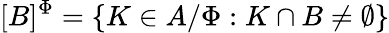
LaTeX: [B]^{\Phi}=\{ K\in A/\Phi:K\cap B\neq\emptyset\}